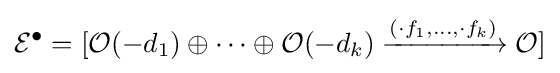
{\mathcal {E}}^{\bullet }=[{\mathcal {O}}(-d_{1})\oplus \cdots \oplus {\mathcal {O}}(-d_{k})\xrightarrow {(\cdot f_{1},\ldots ,\cdot f_{k})} {\mathcal {O}}]